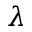
\lambda